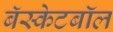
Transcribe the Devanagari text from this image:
बॅस्केटबॉल